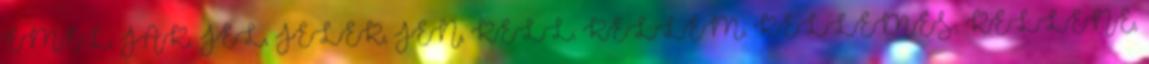
EMEL, JAK, JEL, JELEK, JEN, KELL, KELLEM, KELLEMES, KELLENE,